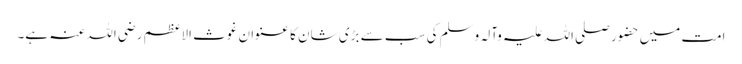
امت میں حضور صلی اللہ علیہ وآلہ وسلم کی سب سے بڑی شان کا عنوان غوث الاعظم رضی اللہ عنہ ہے۔